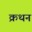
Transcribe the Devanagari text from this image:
क्रथन